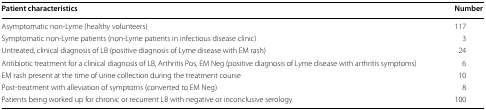
<table><thead><tr><td><b>Patient characteristics</b></td><td><b>Number</b></td></tr></thead><tbody><tr><td>Asymptomatic non-Lyme (healthy volunteers)</td><td>117</td></tr><tr><td>Symptomatic non-Lyme patients (non-Lyme patients in infectious disease clinic)</td><td>3</td></tr><tr><td>Untreated, clinical diagnosis of LB (positive diagnosis of Lyme disease with EM rash)</td><td>24</td></tr><tr><td>Antibiotic treatment for a clinical diagnosis of LB, Arthritis Pos, EM Neg (positive diagnosis of Lyme disease with arthritis symptoms)</td><td>6</td></tr><tr><td>EM rash present at the time of urine collection during the treatment course</td><td>10</td></tr><tr><td>Post-treatment with alleviation of symptoms (converted to EM Neg)</td><td>8</td></tr><tr><td>Patients being worked up for chronic or recurrent LB with negative or inconclusive serology</td><td>100</td></tr></tbody></table>